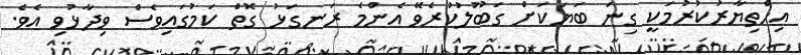
އިހްތިޔާރުކުރުމަކީ ގިނަ ބަޔަކަށް ގަބޫލުކުރެވޭ އެންމެ ރަނގަޅު ގޮތް ކަމުގައިވެސް ވިދާޅުވި އެވެ.